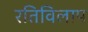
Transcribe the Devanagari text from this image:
रतिविलाप